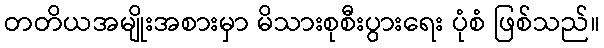
တတိယအမျိုးအစားမှာ မိသားစုစီးပွားရေး ပုံစံ ဖြစ်သည်။